Scottish Leaving Certificate Examination, 1957
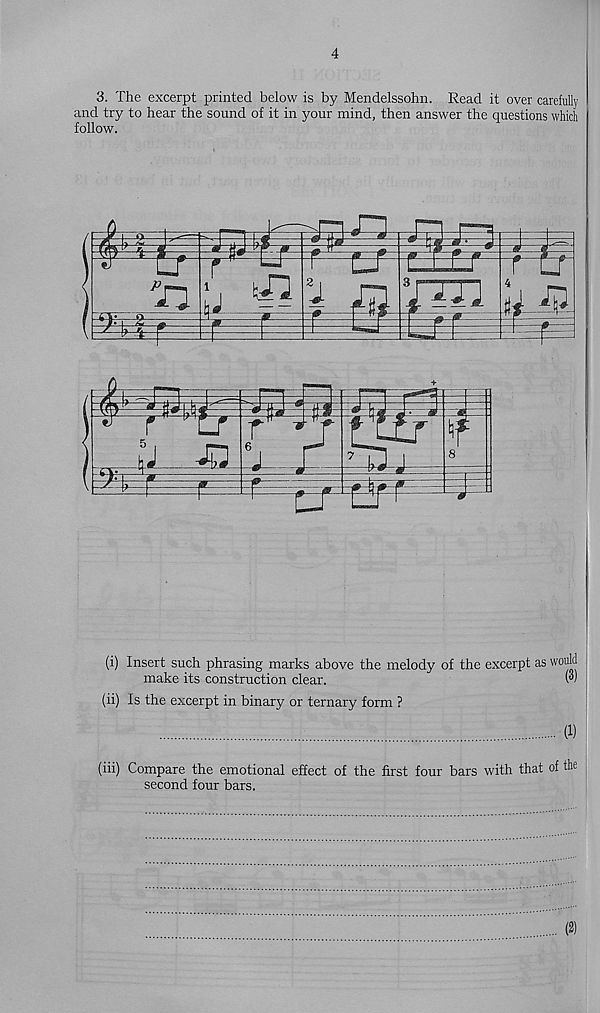
4
3. The excerpt printed below is by Mendelssohn. Read it over carefully
and try to hear the sound of it in your mind, then answer the questions which
follow.
(i) Insert such phrasing marks above the melody of the excerpt as would
make its construction clear.
(")
(ii) Is the excerpt in binary or ternary form ?
(1)
(iii) Compare the emotional effect of the first four bars with that of th e
second four bars.